Lunatic asylums Punjab 1868-1880 - 1868-1880
Year: 1868
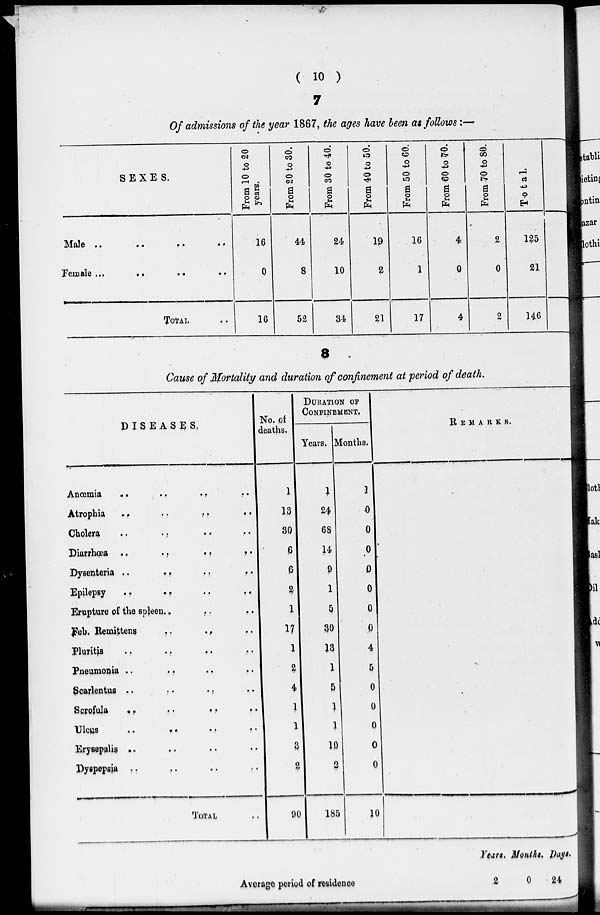
( 10 )
7
Of admissions of the year 1867, the ages have been as follows : —
SEXES.
Male
..
..
..
..
Female ...
..
..
..
TOTAL ..
From 10 to 20
years.
16
0
16
From 20 to 30.
44
8
52
From 30 to 40.
24
10
34
From 40 to 50.
19
2
21
From 50 to 60.
16
1
17
From 60 to 70.
4
0
4
From 70 to 80.
2
0
2
Total.
125
21
146
8
Cause of Mortality and duration of confinement at period of death.
DISEASES.
Anœmia
..
..
..
Atrophia
..
..
..
..
Cholera
..
.. .. ..
Diarrhœa ..
..
..
..
Dysenteria ..
..
..
..
Epilepsy
..
..
..
..
Erupture of the spleen .. .. ..
Feb. Remittens
.. .. ..
Pluritis
..
..
..
..
Pneumonia .. .. .. ..
Scarlentus .. .. .. ..
Scrofula
..
..
..
..
Ulcus
.. .. .. ..
Erysepalis .. .. .. ..
Dyspepsia .. .. .. ..
TOTAL ..
No. of
deaths.
1
18
30
6
6
2
1
17
1
2
4
1
1
3
2
90
DURATION OF
CONFINEMENT.
Years.
1
24
68
14
9
1
5
30
13
1
5
1
1
10
2
185
Months.
1
0
0
0
0
0
0
0
4
5
0
0
0
0
0
10
REMARKS.
Average period of residence
Years.
2
Months.
0
Days.
24